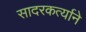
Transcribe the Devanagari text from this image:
सादरकर्त्याने